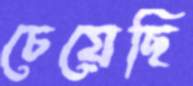
চেয়েছি